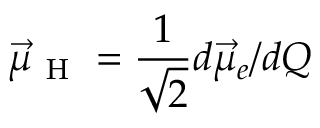
\vec { \mu } _ { \mathrm { ~ H ~ } } = \frac { 1 } { \sqrt { 2 } } d \vec { \mu } _ { e } / d Q